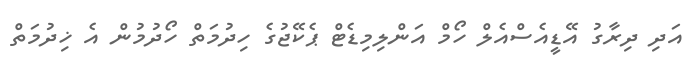
އަދި ދިރާގު އޭޑީއެސްއެލް ހޯމް އަންލިމިޑެޓް ޕެކޭޖުގެ ހިދުމަތް ހޯދުމުން އެ ޚިދުމަތް